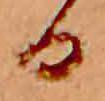
る